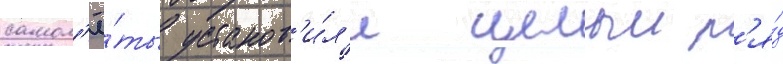
самол'ё́ты установ'и́л'и целыи р'я́д